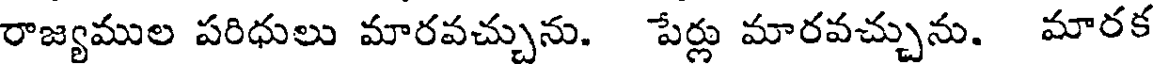
రాజ్యముల పరిధులు మారవచ్చును. పేర్లు మారవచ్చును. మారక